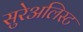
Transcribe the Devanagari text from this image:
सुरेअलिस्ट